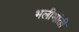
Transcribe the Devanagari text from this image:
भलीभांती